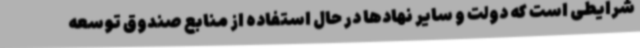
شرایطی است که دولت و سایر نهادها در حال استفاده از منابع صندوق توسعه